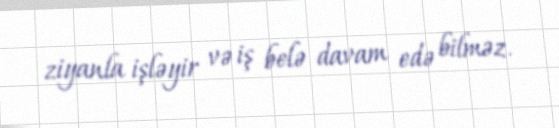
ziyanla işləyir və iş belə davam edə bilməz.